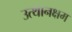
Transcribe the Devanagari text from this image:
उत्थानक्षम